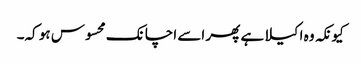
کیونکہ وہ اکیلا ہے پھر اسے اچانک محسوس ہو کہ۔